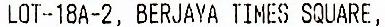
LOT-18A-2, BERJAYA TIMES SQUARE,